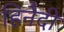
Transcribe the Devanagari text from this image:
हिनैदी